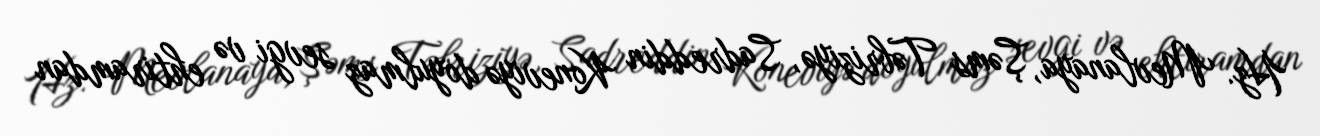
Hz. Mevlanaya, Şəms Təbriziyə, Sadreddin Koneviyə doyulmaz sevgi və ehtiramdan